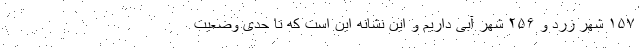
۱۵۷ شهر زرد و ۲۵۶ شهر آبی داریم و این نشانه این است که تا حدی وضعیت